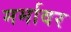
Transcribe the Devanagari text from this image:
मर्मावर